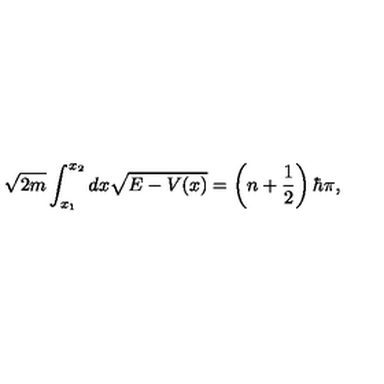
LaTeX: \sqrt { 2 m } \int _ { x _ { 1 } } ^ { x _ { 2 } } d x \sqrt { E - V ( x ) } = \left( n + \frac { 1 } { 2 } \right) \hbar \pi ,